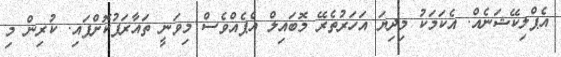
އެޕްލިކޭޝަނެއް. އެކަމަކު މިދިޔަ އަހަރުތެރޭ މޮބައިލް އެޕެއްވެސް މިވަނީ ތައާރަފުކޮށްފައި. ކުރިން މި